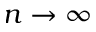
n \to \infty